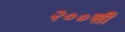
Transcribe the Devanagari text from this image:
२००सी